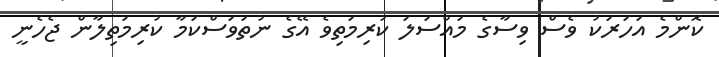
ކޮންމެ އަހަރަކު ވެސް ވިސާގެ މައްސަލަ ކުރިމަތިވެ އޭގެ ނުތަވަސްކަމާ ކުރިމަތިލާން ޖެހެނީ